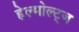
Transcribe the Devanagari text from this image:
हेल्मोल्ट्ज